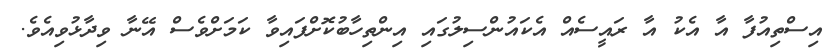
އިސްތިއުފާ އާ އެކު އާ ރައީސެއް އެކައުންސިލުގައި އިންތިހާބުކޮށްފައިވާ ކަމަށްވެސް އޭނާ ވިދާޅުވިއެވެ.